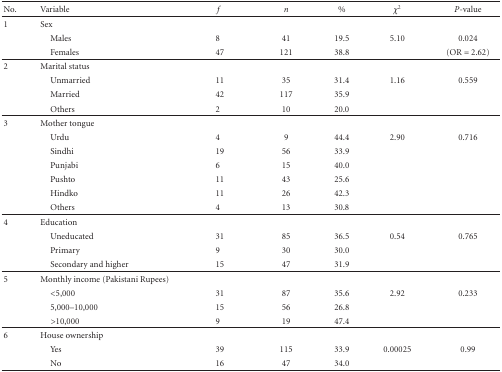
<table><thead><tr><td><b>No.</b></td><td><b>Variable</b></td><td><b><i>f</i></b></td><td><b><i>n</i></b></td><td><b>%</b></td><td><b><i>χ</i><sup>2</sup></b></td><td><b><i>P</i>-value</b></td></tr></thead><tbody><tr><td>1</td><td>Sex</td><td></td><td></td><td></td><td></td><td></td></tr><tr><td></td><td> Males</td><td>8</td><td>41</td><td>19.5</td><td>5.10</td><td>0.024</td></tr><tr><td></td><td> Females</td><td>47</td><td>121</td><td>38.8</td><td></td><td>(OR = 2.62)</td></tr><tr><td>2</td><td>Marital status</td><td></td><td></td><td></td><td></td><td></td></tr><tr><td></td><td> Unmarried</td><td>11</td><td>35</td><td>31.4</td><td>1.16</td><td>0.559</td></tr><tr><td></td><td> Married</td><td>42</td><td>117</td><td>35.9</td><td></td><td></td></tr><tr><td></td><td> Others</td><td>2</td><td>10</td><td>20.0</td><td></td><td></td></tr><tr><td>3</td><td>Mother tongue</td><td></td><td></td><td></td><td></td><td></td></tr><tr><td></td><td> Urdu</td><td>4</td><td>9</td><td>44.4</td><td>2.90</td><td>0.716</td></tr><tr><td></td><td> Sindhi</td><td>19</td><td>56</td><td>33.9</td><td></td><td></td></tr><tr><td></td><td> Punjabi</td><td>6</td><td>15</td><td>40.0</td><td></td><td></td></tr><tr><td></td><td> Pushto</td><td>11</td><td>43</td><td>25.6</td><td></td><td></td></tr><tr><td></td><td> Hindko</td><td>11</td><td>26</td><td>42.3</td><td></td><td></td></tr><tr><td></td><td> Others</td><td>4</td><td>13</td><td>30.8</td><td></td><td></td></tr><tr><td>4</td><td>Education</td><td></td><td></td><td></td><td></td><td></td></tr><tr><td></td><td> Uneducated</td><td>31</td><td>85</td><td>36.5</td><td>0.54</td><td>0.765</td></tr><tr><td></td><td> Primary</td><td>9</td><td>30</td><td>30.0</td><td></td><td></td></tr><tr><td></td><td> Secondary and higher</td><td>15</td><td>47</td><td>31.9</td><td></td><td></td></tr><tr><td>5</td><td>Monthly income (Pakistani Rupees)</td><td></td><td></td><td></td><td></td><td></td></tr><tr><td></td><td> &lt;5,000</td><td>31</td><td>87</td><td>35.6</td><td>2.92</td><td>0.233</td></tr><tr><td></td><td> 5,000–10,000</td><td>15</td><td>56</td><td>26.8</td><td></td><td></td></tr><tr><td></td><td> &gt;10,000</td><td>9</td><td>19</td><td>47.4</td><td></td><td></td></tr><tr><td>6</td><td>House ownership</td><td></td><td></td><td></td><td></td><td></td></tr><tr><td></td><td> Yes</td><td>39</td><td>115</td><td>33.9</td><td>0.00025</td><td>0.99</td></tr><tr><td></td><td> No</td><td>16</td><td>47</td><td>34.0</td><td></td><td></td></tr></tbody></table>